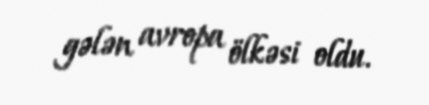
gələn avropa ölkəsi oldu.